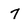
Character: 7